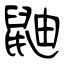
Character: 鼬